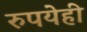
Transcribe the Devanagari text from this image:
रुपयेही